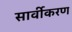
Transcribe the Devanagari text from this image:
सार्वीकरण